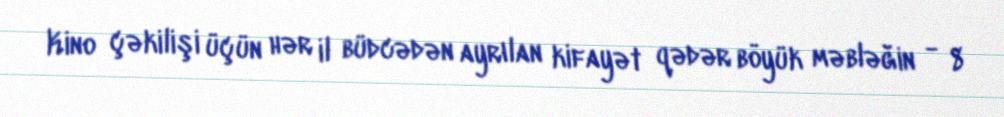
Kino çəkilişi üçün hər il büdcədən ayrılan kifayət qədər böyük məbləğin - 8